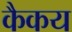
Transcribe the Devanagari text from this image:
कैकय